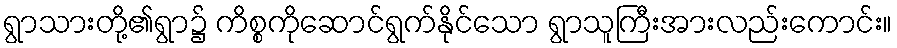
ရွာသားတို့၏ရွာ၌ ကိစ္စကိုဆောင်ရွက်နိုင်သော ရွာသူကြီးအားလည်းကောင်း။